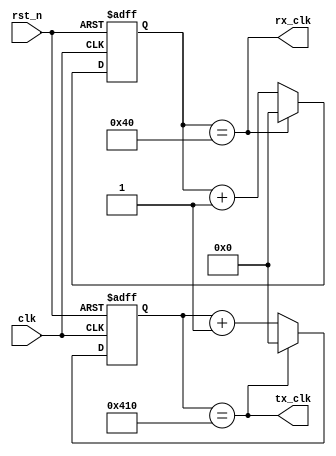
module baud_clock_generator #
(
 parameter CLOCK_RATE = 10000000,
 parameter BAUD_RATE = 9600
)
(
 input  wire clk,
 input  wire rst_n,
 output wire tx_clk,
 output wire rx_clk
);
  //Standard baud rates include 110, 300, 600, 1200, 2400, 4800, 9600, 14400, 19200, 38400, 57600, 115200, 128000 and 256000 bits per second
  localparam BITS = 32;
  reg[BITS-1:0]  tx_final_val = (CLOCK_RATE/(BAUD_RATE))-1;
  reg[BITS-1:0]  rx_final_val = (CLOCK_RATE/(16*BAUD_RATE))-1;
  reg[BITS-1:0]  tx_counter;
  reg[BITS-1:0]  rx_counter;
  
  always@(posedge clk or negedge rst_n) begin
    if(~rst_n) begin
      tx_counter <= 'b0;
      rx_counter <= 'b0;
    end
    else begin
      //For TX CLK
      if(tx_counter == tx_final_val)
        tx_counter = 'b0;
      else
        tx_counter = tx_counter + 1;
        
      //For RX CLK
      if(rx_counter == rx_final_val)
        rx_counter = 'b0;
      else
        rx_counter = rx_counter + 1;
    end
  end
  
  assign tx_clk = (tx_counter == tx_final_val);
  assign rx_clk = (rx_counter == rx_final_val);
    
endmodule